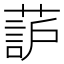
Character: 𫉚